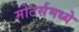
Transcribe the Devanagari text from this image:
मोटर्समध्ये